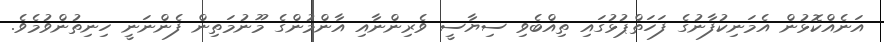
އަނެއްކޮޅުން އެމަނިކުފާނުގެ ފަހަތްޕުޅުގައި ތިއްބެވި ސިޔާސީ ވެރިންނާއި އާންމުންގެ މޫނުމަތިން ފެންނަނީ ހިނިތުންވުމެވެ.